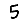
Digit: 5